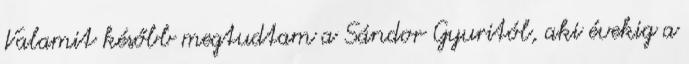
Valamit később megtudtam a Sándor Gyuritól, aki évekig a